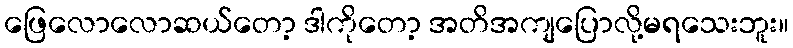
ဖြေလောလောဆယ်တော့ ဒါကိုတော့ အတိအကျပြောလို့မရသေးဘူး။